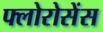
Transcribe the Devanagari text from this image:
फ्लोरोसेंस